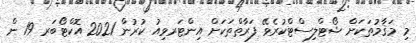
މި މަޤާމުތަކަށް ޝޯޓްލިސްޓްކުރެވޭ ފަރާތްތަކަށް އިންޓަރވިއު ކުރުން 2021 އޮކްޓޯބަރ 19 ން